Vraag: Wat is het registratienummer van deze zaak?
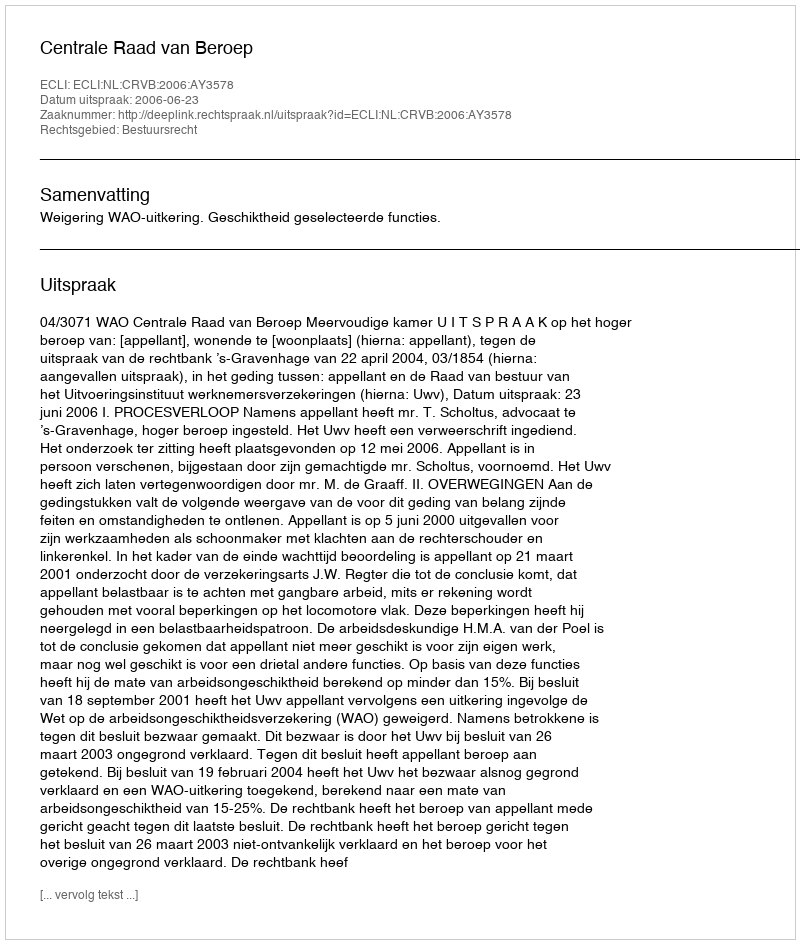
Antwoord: http://deeplink.rechtspraak.nl/uitspraak?id=ECLI:NL:CRVB:2006:AY3578